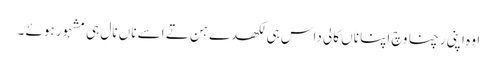
اوہ اپنی رچنا وچ اپنا ناں کالی داس ہی لکھدے ہن تے اسے ناں نال ہی مشہور ہوئے ۔